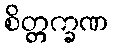
စိတ္တက္ခဏ